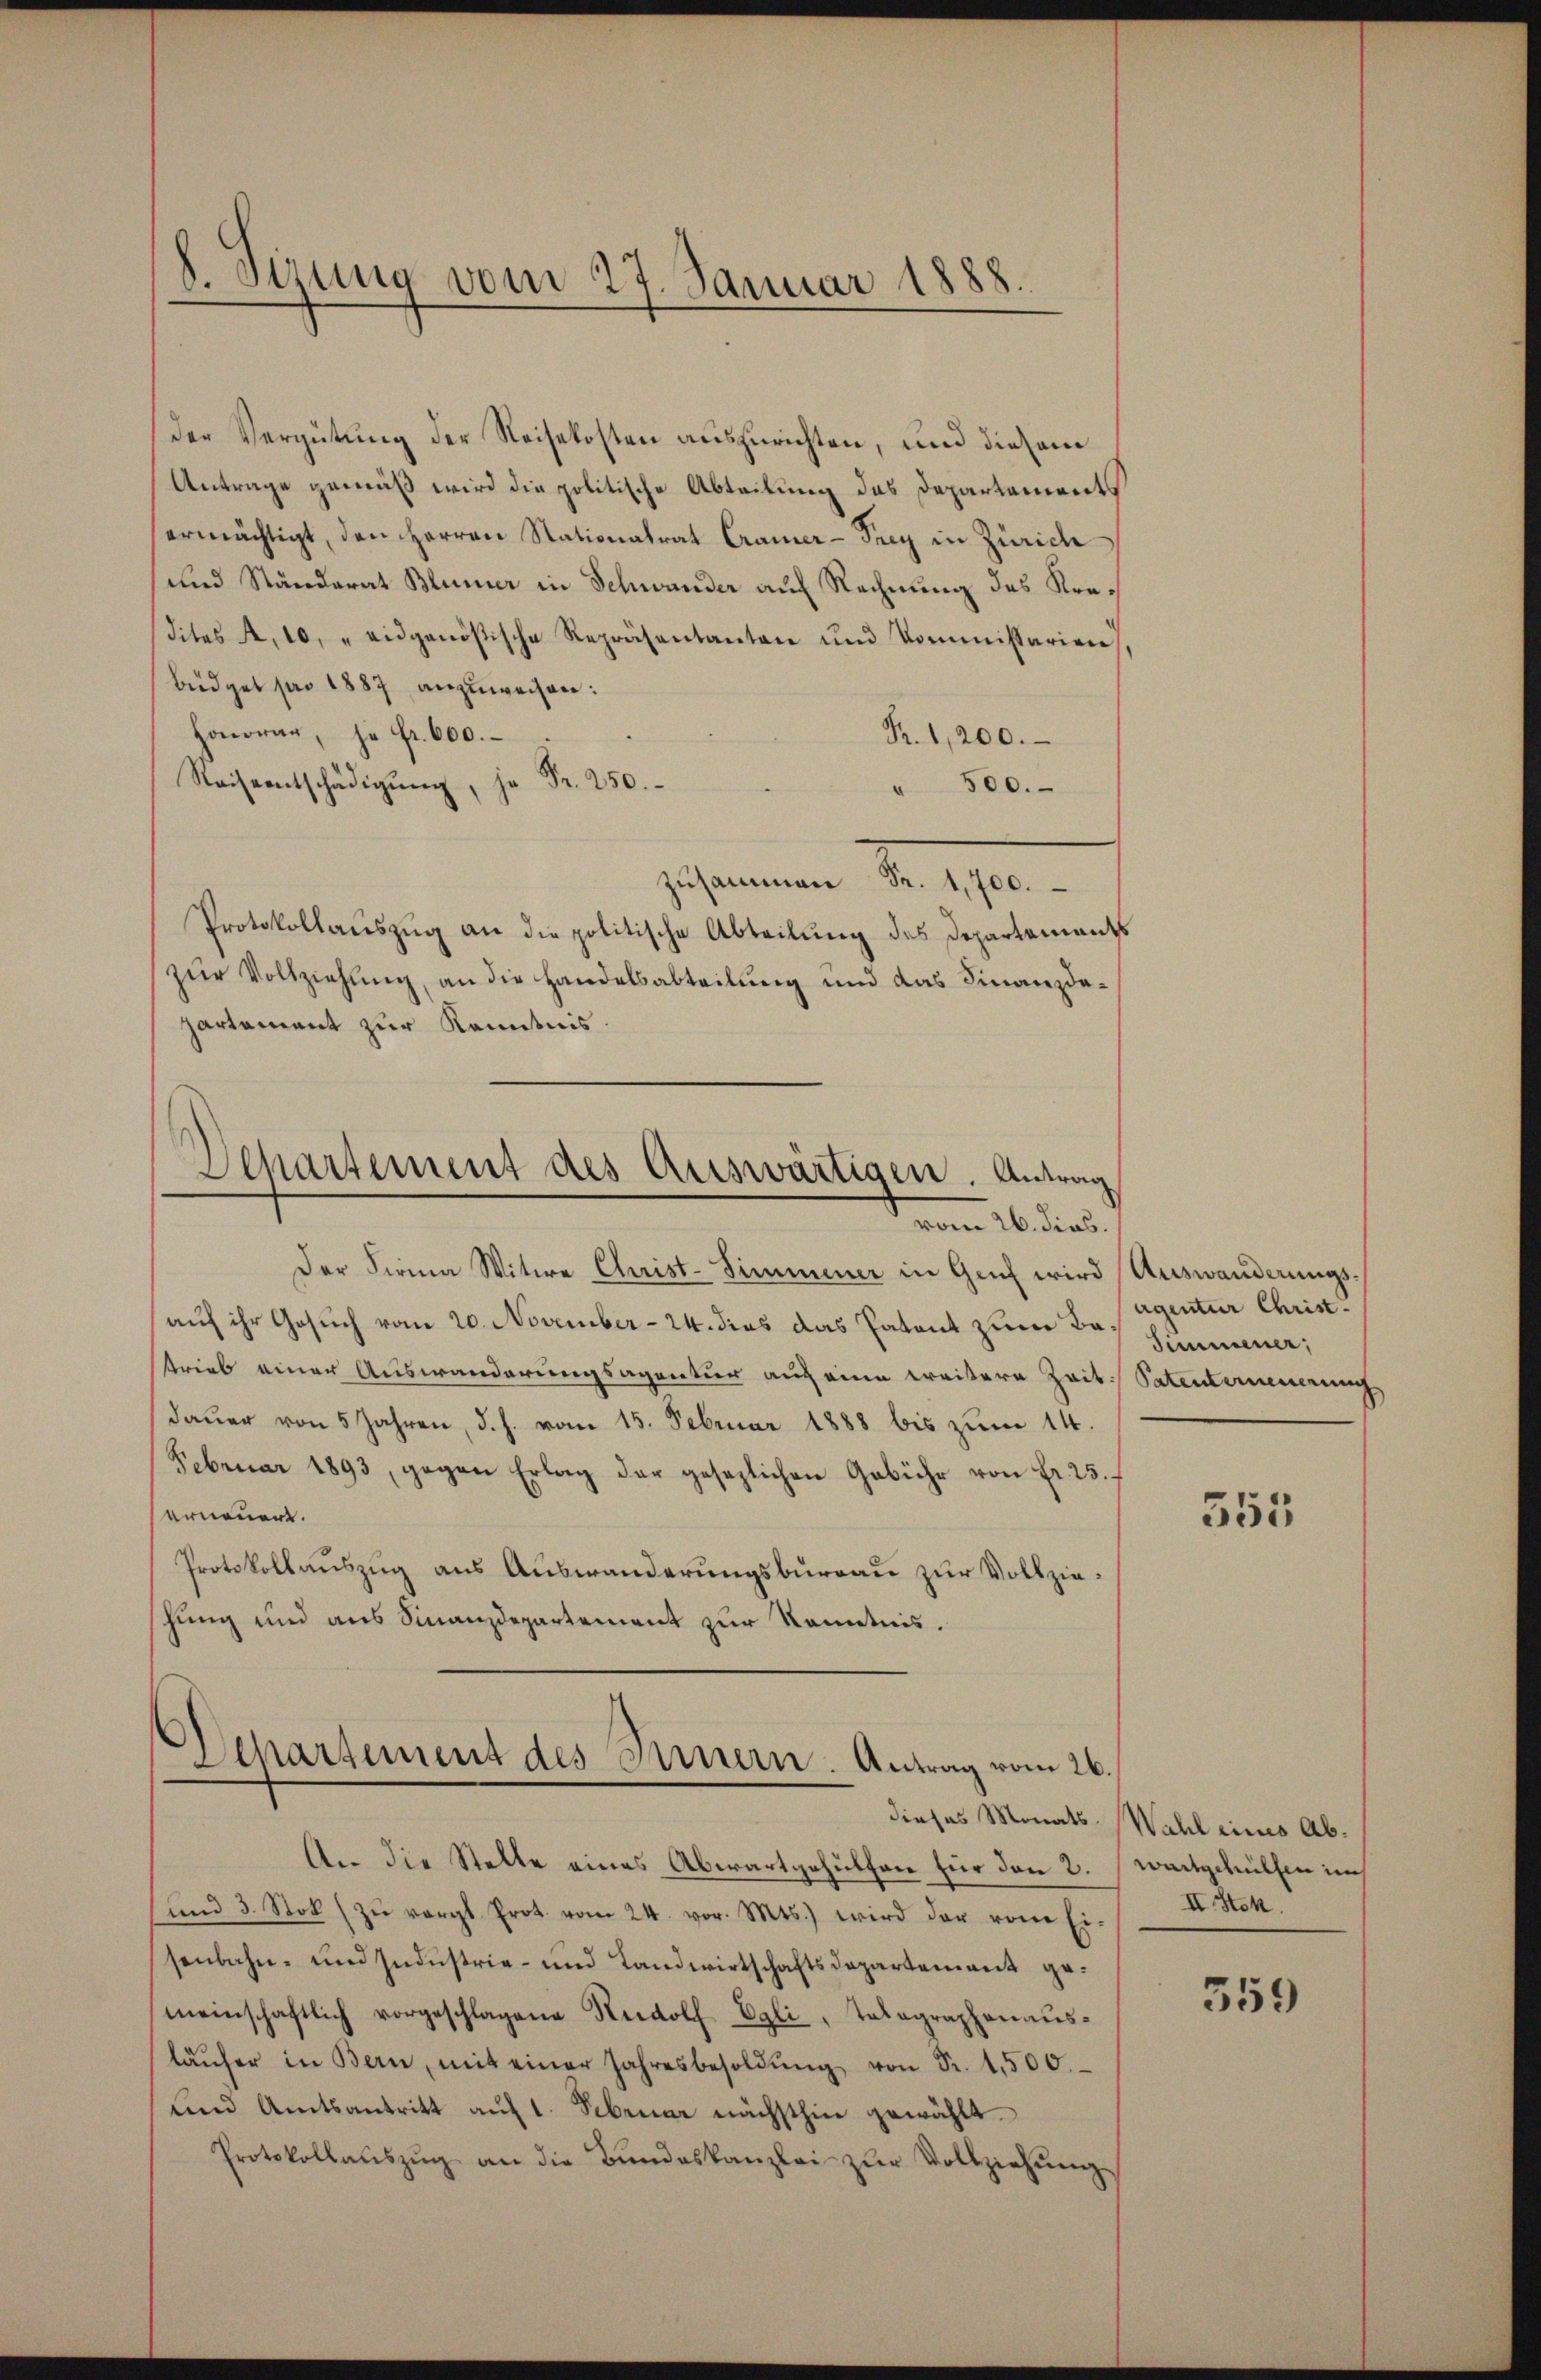
8. Sizung vom 27. Januar 1888.

Der Vergütung der Reisekosten auszurichten, und diesem
Antrage gemäß wird die politische Abteilung des Departements
ermächtigt, den Herren Nationalrat Cramer-Frey in Zürich
und Ständerat Blümer in Schwander auf Rechnung des Kredites A. 10, "eidgenößische Repräsentanten und kommissarien),
büdget pro 1887 anzuweisen:
Honorar, je Fr. 600.
Br. 1,200.
Reiseentschädigŭng, je Fr. 250.
500.
ghammen No. 1910.
Protokollauszug an die politische Abteilung des Departements
zur Vollziehung, an die Handelsabteilung und das Finanzdapartament zur Kenntnis.

Separtement des Auswärtigen. Antrag
vom 26. dies.

Der Firma Witwe Christ-Simmener in Genf wird Auswanderungsauf ihr Gesuch vom 20. November - 24. dies das Patent zum Bos summener,
trieb einer Auswanderungsagentur auch eine weitere Zeit Patenterneuerung
dauer von 5 Jahren, d. h. vom 15. Februar 1888 bis zum 14.
Februar 1893, gegen Erlag der gesezlichen Gebühr von fr. 23.
erneuert.
Protokollauszug aus Auswanderungsbureau zur Vollziehung und aus Finanzdepartement zur Kenntnis.

Departement des Innern. Antrag vom 26.

An die Stelle eines Abwartgehülfen für den 2.
ŭnd 3. Stol zŭ vergl. Prot. vom 24. vor. Mts.) wird der von Ei-
senbahn- und Industrie- und Landwirtschaftsdepartement gemeinschaftlich vorgeschlagene Rudolf Egli, Telegraphenausläŭfer in Bern, mit einer Jahresbesoldŭng von Fr. 1500.
und Amtsantritt auf 1. Februar nächsthin gewählt.
Protokollaŭszŭg an die Bundeskanzlei zŭr Vollziehŭng

agentur Christ.

353

dieses Monats-Wahl eines Abwaitgehülfen uns
II. Stok

359